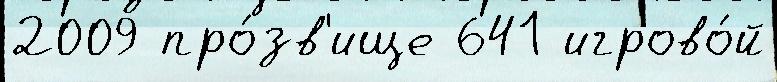
2009 про́зв'ище 641 игрово́й